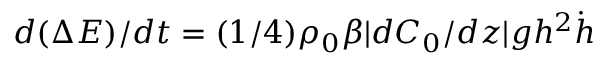
d ( \Delta E ) / d t = ( 1 / 4 ) \rho _ { 0 } \beta | d C _ { 0 } / d z | g h ^ { 2 } \dot { h }